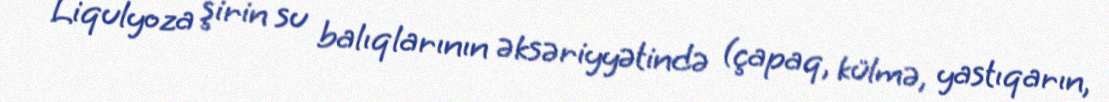
Liqulyoza şirin su balıqlarının əksəriyyətində (çapaq, külmə, yastıqarın,